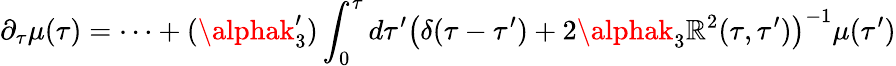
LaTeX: \partial_{\tau}\mu(\tau)=\dots+(\alphak_{3}^{\prime})\int_{0}^{\tau}d\tau^{\prime}\left(\delta(\tau-\tau^{\prime})+2\alphak_{3}\mathbb{R}^{2}(\tau,\tau^{\prime})\right)^{-1}\mu(\tau^{\prime})